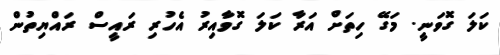
ކަލަ ގޮވަނީ. މަގޭ ހިތަށް އަރާ ކަލަ ގޮވާއިރު އެހުރި ރައީސް ރައްޔިތުން